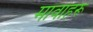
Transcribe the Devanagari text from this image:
मावाहरू